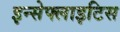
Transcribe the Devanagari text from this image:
इन्सेफ्लाइटिस